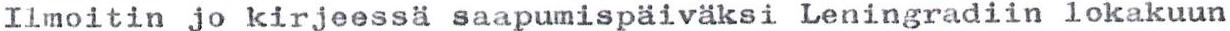
Ilmoitin jo kirjeessä saapumispäiväksi Leningradiin lokakuun